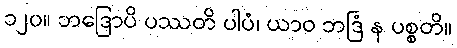
၁၂၀။ ဘဒြောပိ ပဿတိ ပါပံ၊ ယာဝ ဘဒြံ န ပစ္စတိ။